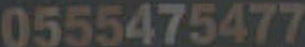
0555475477